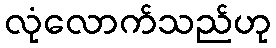
လုံလောက်သည်ဟု